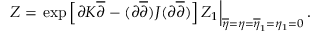
Z = \left. \exp \left[ \partial K \overline { { { \partial } } } - ( \partial \overline { { { \partial } } } ) J ( \partial \overline { { { \partial } } } ) \right] Z _ { 1 } \right| _ { \overline { { { \eta } } } = \eta = \overline { { { \eta } } } _ { 1 } = \eta _ { 1 } = 0 } .